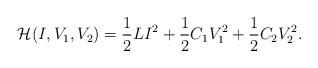
LaTeX: \begin{align*} \mathcal H(I,V_1,V_2) = \frac12LI^2 + \frac12C_1V_1^2 + \frac12C_2V_2^2.\end{align*}